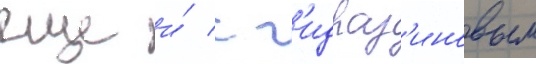
еще и́ с г'идраз'иновым